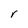
Character: r